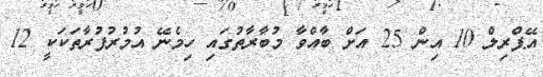
އޭޕްރިލް 10 އިން 25 އަށް ބާއްވާ މުބާރާތުގައި ހިމެނޭ އުމުރުފުރާތަކަކީ 12